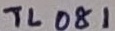
Text: TL081